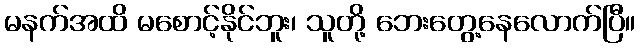
မနက်အထိ မစောင့်နိုင်ဘူး၊ သူတို့ ဘေးတွေ့နေလောက်ပြီ။